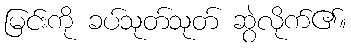
မြင်းကို ခပ်သုတ်သုတ် ဆွဲလိုက်၏။